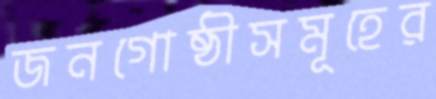
জনগোষ্ঠীসমূহের